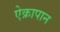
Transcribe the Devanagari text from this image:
ऐक्रापान